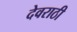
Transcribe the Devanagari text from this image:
देवराठी